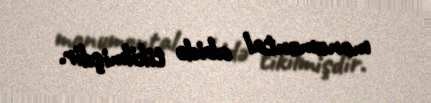
monumental abidə tikilmişdir.